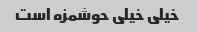
خیلی خیلی حوشمزه است